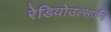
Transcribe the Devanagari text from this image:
रेडियोउत्सर्जन